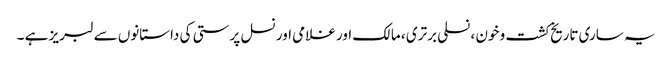
یہ ساری تاریخ کشت و خون ، نسلی برتری ، مالک اور غلامی اور نسل پرستی کی داستانوں سے لبریز ہے ۔